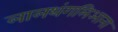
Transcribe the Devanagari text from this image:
लालथंगलिआना